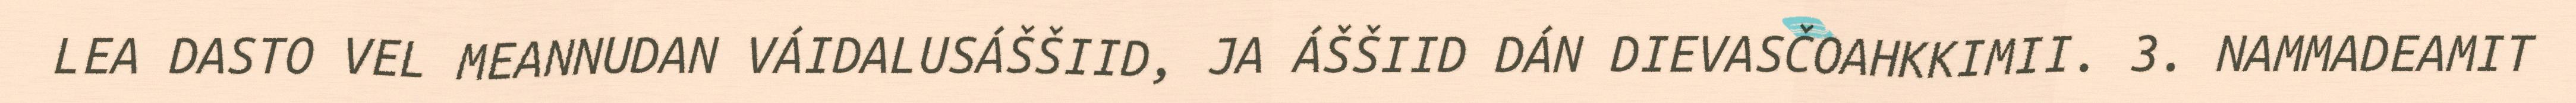
LEA DASTO VEL MEANNUDAN VÁIDALUSÁŠŠIID, JA ÁŠŠIID DÁN DIEVASČOAHKKIMII. 3. NAMMADEAMIT